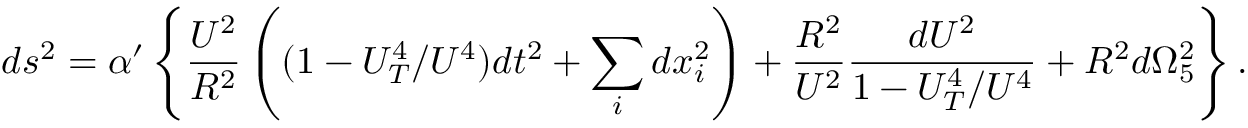
d s ^ { 2 } = \alpha ^ { \prime } \left\{ \frac { U ^ { 2 } } { R ^ { 2 } } \left( ( 1 - U _ { T } ^ { 4 } / U ^ { 4 } ) d t ^ { 2 } + \sum _ { i } d x _ { i } ^ { 2 } \right) + \frac { R ^ { 2 } } { U ^ { 2 } } \frac { d U ^ { 2 } } { 1 - U _ { T } ^ { 4 } / U ^ { 4 } } + R ^ { 2 } d \Omega _ { 5 } ^ { 2 } \right\} .